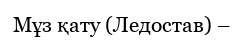
Мұз қату (Ледостав) –